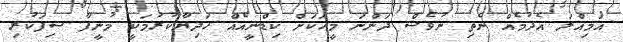
އަމިއްލަ އެދުމެއް ނެތި ނުވެސް ދަންނަ މީހަކަށް ކިޑްނީއެއް ހަދިޔާކުރުމަކީ މުނީފާ ސިފަކުރި